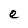
Character: e